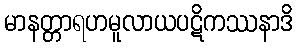
မာနတ္တာရဟမူလာယပဋိကဿနာဒိ